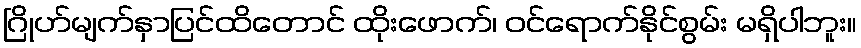
ဂြိုဟ်မျက်နှာပြင်ထိတောင် ထိုးဖောက်၊ ဝင်ရောက်နိုင်စွမ်း မရှိပါဘူး။